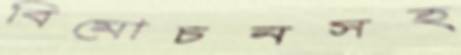
বিমোচনসহ